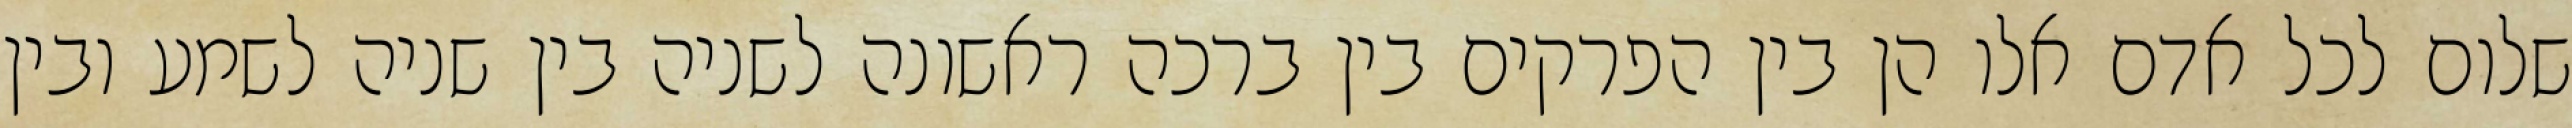
שלום לכל אדם אלו הן בין הפרקים בין ברכה ראשונה לשניה בין שניה לשמע ובין